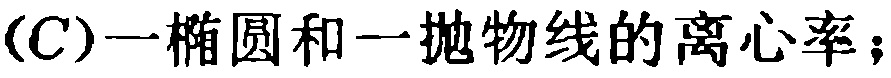
(C)一椭圆和一抛物线的离心率；